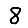
Digit: 8